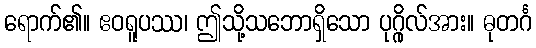
ရောက်၏။ ဧဝရူပဿ၊ ဤသို့သဘောရှိသော ပုဂ္ဂိုလ်အား။ ဓုတင်္ဂ